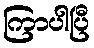
ကြာပါပြီ